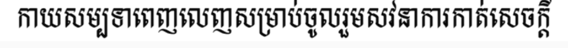
កាយសម្បទាពេញលេញសម្រាប់ចូលរួមសវនាការកាត់សេចក្តី